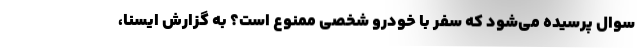
سوال پرسیده می‌شود که سفر با خودرو شخصی ممنوع است؟ به گزارش ایسنا،